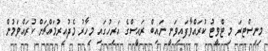
މިނިސްޓރަ މި ޓްވީޓު ކުރައްވާފައިވަނީ ނައިބް ރައީސްގެ އަރިހުގައި މިހާރު މެދުއިރުމައްޗަށް ކުރައްވަމުން